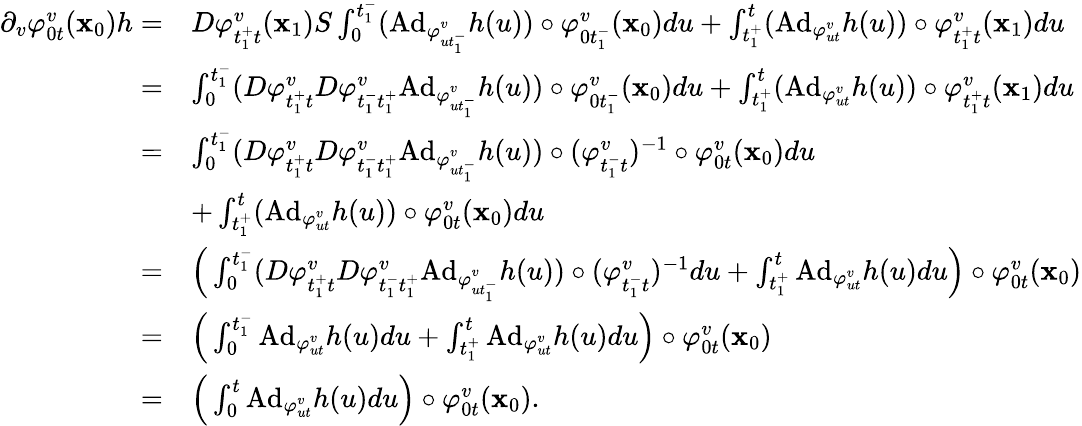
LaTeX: \begin{array}{rl}{\partial_{v}\varphi_{0t}^{v}(\textbf{x}_{0})h=}&{D\varphi_{t_{1}^{+}t}^{v}(\textbf{x}_{1})S\int_{0}^{t_{1}^{-}}(\mathrm{Ad}_{\varphi_{ut_{1}^{-}}^{v}}h(u))\circ\varphi_{0t_{1}^{-}}^{v}(\textbf{x}_{0})du+\int_{t_{1}^{+}}^{t}(\mathrm{Ad}_{\varphi_{ut}^{v}}h(u))\circ\varphi_{t_{1}^{+}t}^{v}(\textbf{x}_{1})du}\\ {=}&{\int_{0}^{t_{1}^{-}}(D\varphi_{t_{1}^{+}t}^{v}D\varphi_{t_{1}^{-}t_{1}^{+}}^{v}\mathrm{Ad}_{\varphi_{ut_{1}^{-}}^{v}}h(u))\circ\varphi_{0t_{1}^{-}}^{v}(\textbf{x}_{0})du+\int_{t_{1}^{+}}^{t}(\mathrm{Ad}_{\varphi_{ut}^{v}}h(u))\circ\varphi_{t_{1}^{+}t}^{v}(\textbf{x}_{1})du}\\ {=}&{\int_{0}^{t_{1}^{-}}(D\varphi_{t_{1}^{+}t}^{v}D\varphi_{t_{1}^{-}t_{1}^{+}}^{v}\mathrm{Ad}_{\varphi_{ut_{1}^{-}}^{v}}h(u))\circ(\varphi_{t_{1}^{-}t}^{v})^{-1}\circ\varphi_{0t}^{v}(\textbf{x}_{0})du}\\ &{+\int_{t_{1}^{+}}^{t}(\mathrm{Ad}_{\varphi_{ut}^{v}}h(u))\circ\varphi_{0t}^{v}(\textbf{x}_{0})du}\\ {=}&{\Big(\int_{0}^{t_{1}^{-}}(D\varphi_{t_{1}^{+}t}^{v}D\varphi_{t_{1}^{-}t_{1}^{+}}^{v}\mathrm{Ad}_{\varphi_{ut_{1}^{-}}^{v}}h(u))\circ(\varphi_{t_{1}^{-}t}^{v})^{-1}du+\int_{t_{1}^{+}}^{t}\mathrm{Ad}_{\varphi_{ut}^{v}}h(u)du\Big)\circ\varphi_{0t}^{v}(\textbf{x}_{0})}\\ {=}&{\Big(\int_{0}^{t_{1}^{-}}\mathrm{Ad}_{\varphi_{ut}^{v}}h(u)du+\int_{t_{1}^{+}}^{t}\mathrm{Ad}_{\varphi_{ut}^{v}}h(u)du\Big)\circ\varphi_{0t}^{v}(\textbf{x}_{0})}\\ {=}&{\Big(\int_{0}^{t}\mathrm{Ad}_{\varphi_{ut}^{v}}h(u)du\Big)\circ\varphi_{0t}^{v}(\textbf{x}_{0}).}\end{array}